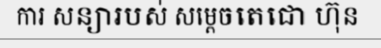
ការ សន្យារបស់ សម្តេចតេជោ ហ៊ុន